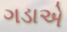
ગડાએ